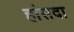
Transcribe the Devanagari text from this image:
हांसदा